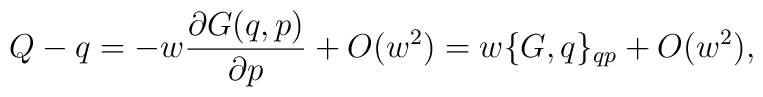
Q-q=-w {\partial G(q,p) \over \partial p }+O(w^2)=w\{G,q\}_{qp}+O(w^2) ,